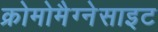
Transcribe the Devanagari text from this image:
क्रोमोमैग्‍नेसाइट